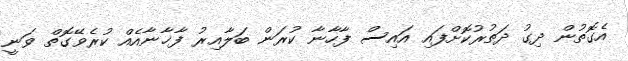
އެގޮތުން ދިގު ދަތުރުކޮށްފައި އައިސް ފާހާނާ ކުރަން ބަލާއިރު ފާޚާނާއެއް ކުރެވޭގޮތް ވަނީ